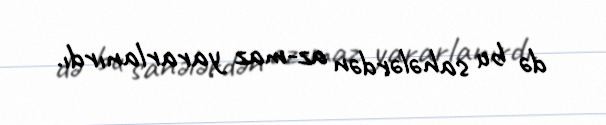
də bu sahələrdən az-maz yararlanırdı.